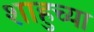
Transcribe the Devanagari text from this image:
शाहुच्या